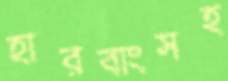
হারবাংসহ